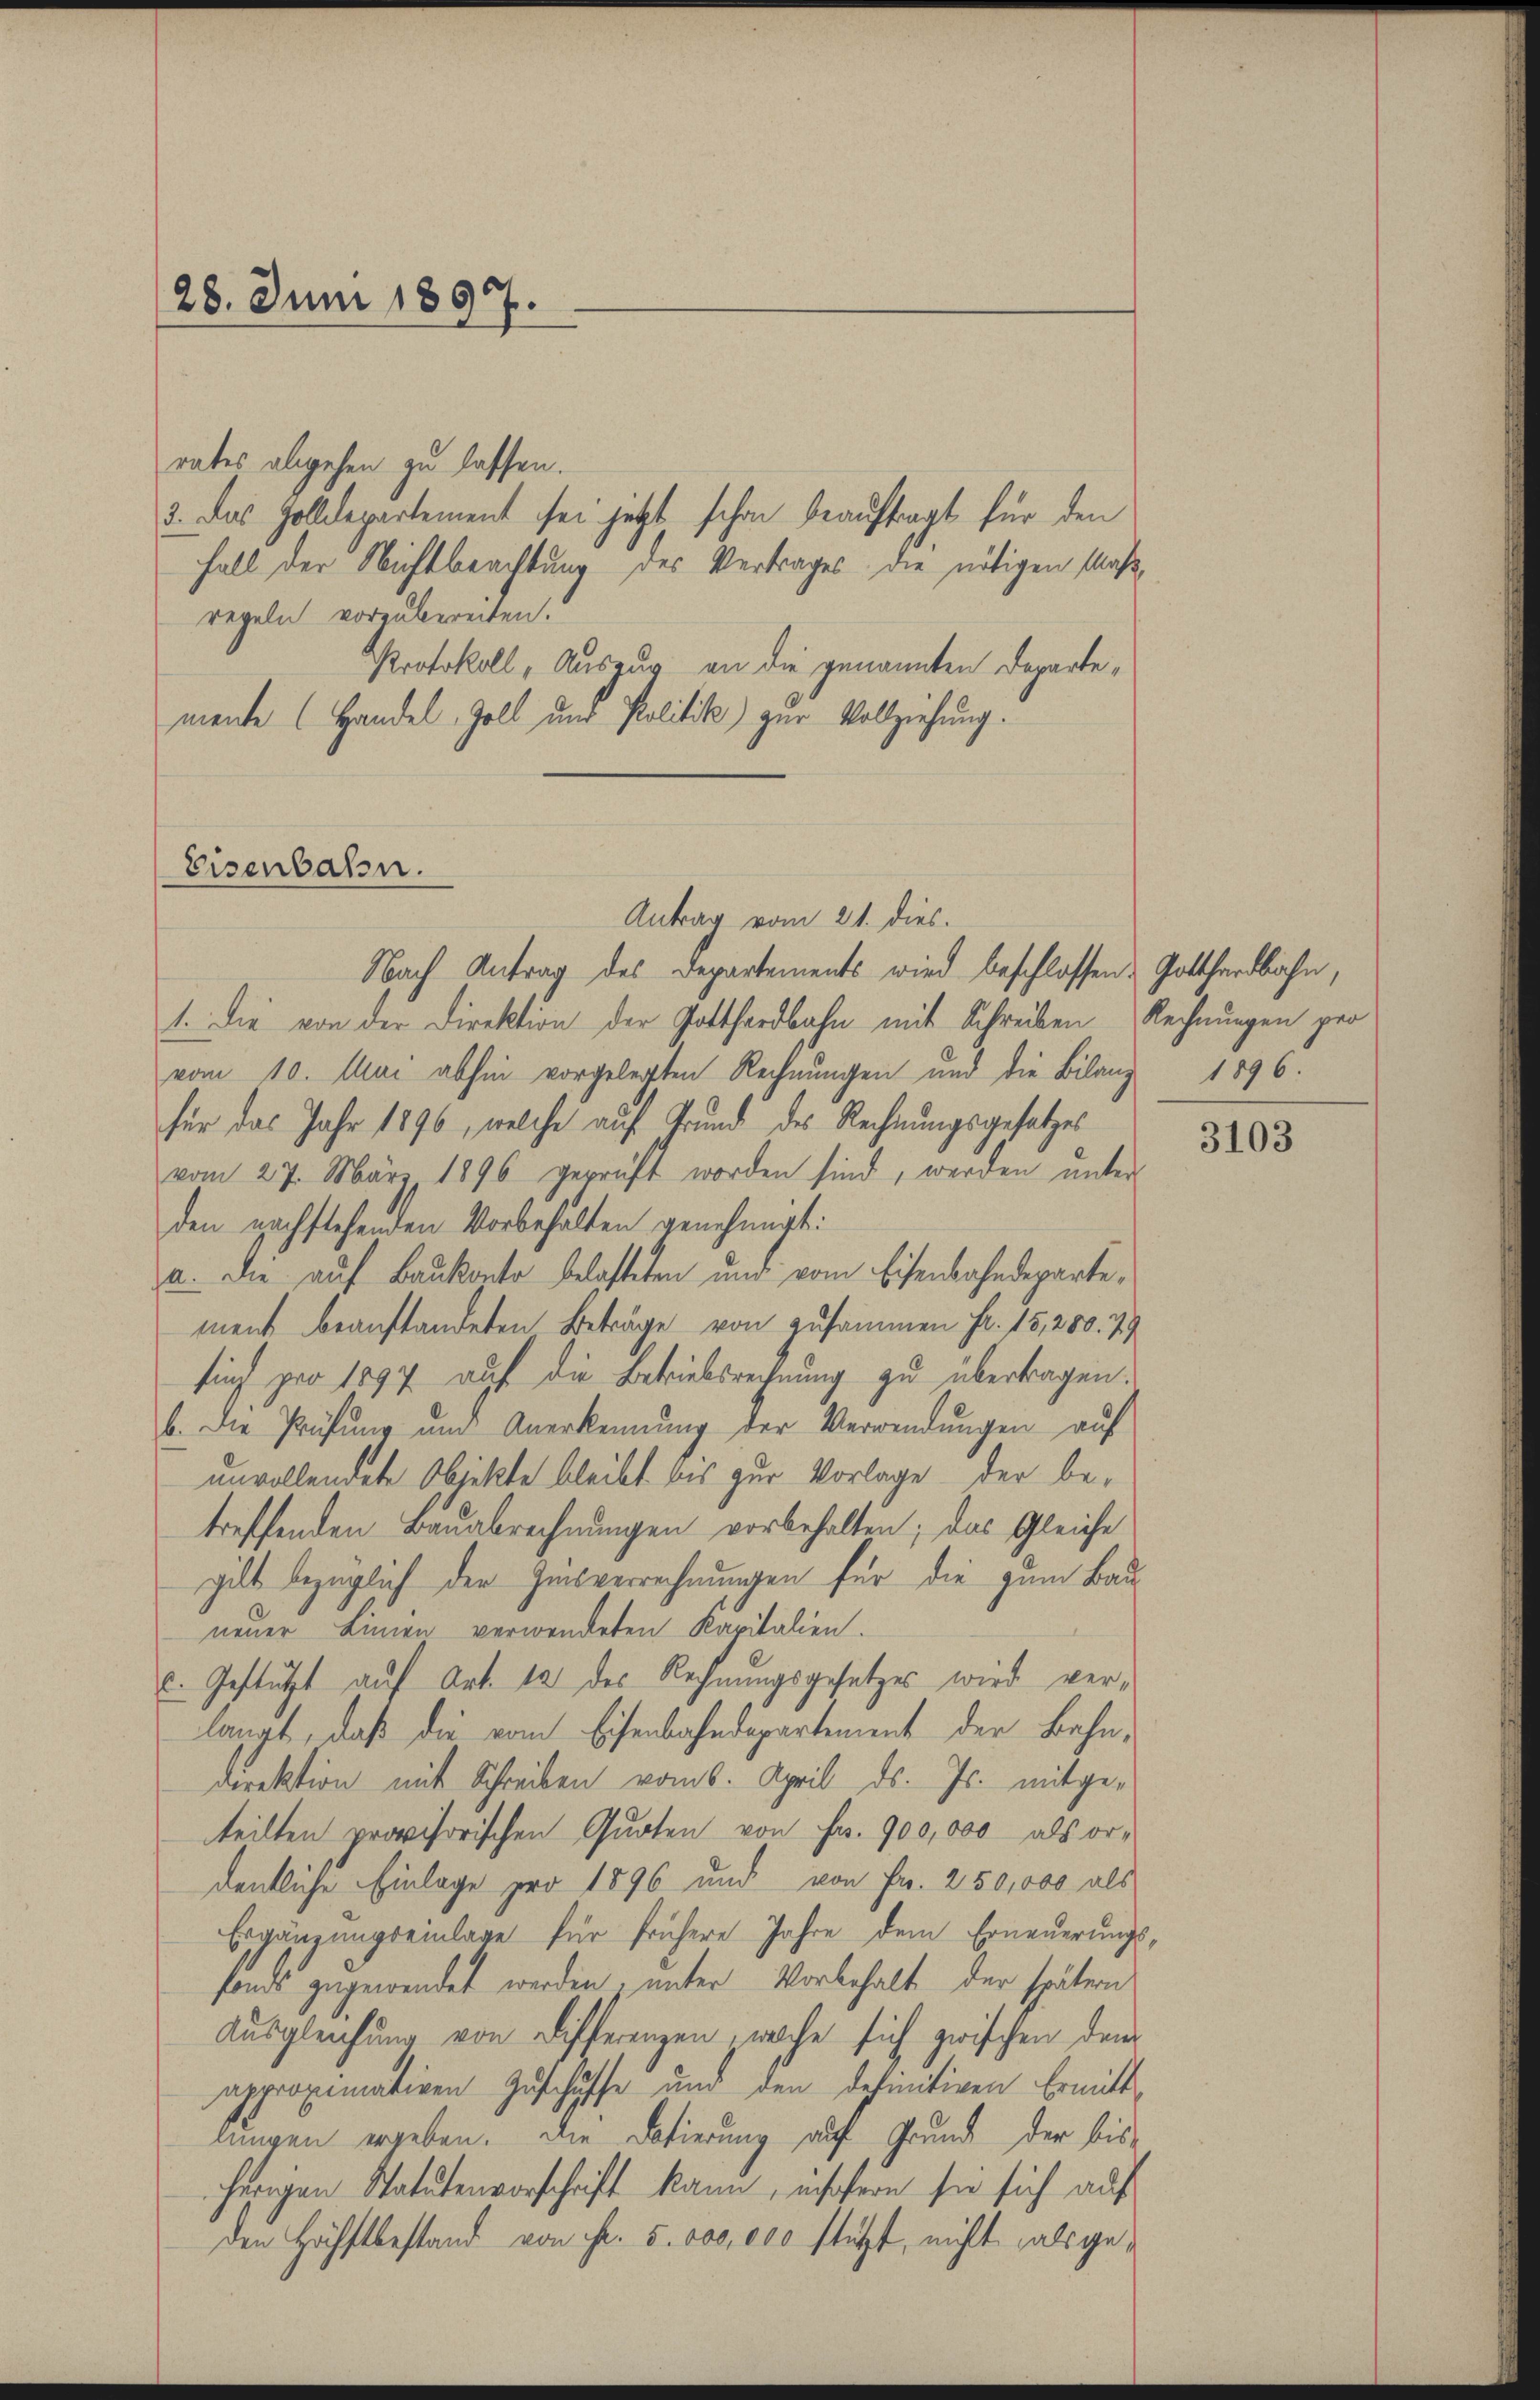
28. Juni 1897.

rates abgehen zu lassen.
3. Das Zolldepartement sei jetzt schon beauftragt für den
Fall der Nichtbeachtung des Vertrages die nötigen Maßregeln vorzubereiten.
Protokoll, Auszug an die genannten Departemente (Handel, Zoll und Politik) zur Vollziehung.
Antrag vom 21. dies.
Nach Antrag des Departements wird beschlossen: Gotthardbahn,
1. Die von der Direktion der Gotthardbahn mit Schreiben Rechnungen pro
vom 10. Mai abhin vorgelegten Rechnungen und die Bilanz 1896.
für das Jahr 1896, welche auf Grund des Rechnungsgesetzes
vom 27. März 1896 geprüft worden sind, werden unter
den nachstehenden Vorbehalten genehmigt:
a. Die auf Baukonto belasteten und vom Eisenbahndepartement beanstandeten Beträge von zusammen Fr. 15,200. 79
fing pro 1897 auf die Betriebsrechnung zu übertragen.
b. Die Prüfŭng und Anerkennung der Verwendŭngen auf
unvollendete Objekte bleibt bis zur Vorlage der betreffenden Bauabrechnungen vorbehalten; das Gleiche
gilt bezüglich der Zinsverrechnungen für die zum Bauneuer Linien verwendeten Kapitalien.
c. Gestützt auf Art. 12 des Rechnungsgesetzes wird verlangt, daß die vom Eisenbahndepartement der Bahndirektion mit Schreiben vom 6. April ds. Js. mitgeteilten provisorischen Quoten von Fr. 900,000 als or-
dentliche Einlage pro 1896 und von Fr. 250,000 als
Ergänzungseinlage für frühere Jahre dem Erneuerungs-
fonds zugewendet werden, unter Vorbehalt der spätern
Ausgleichung von Differenzen, welche sich zwischen dem
approximativen Zuschäffe und den definitiven Ermitt
lungen erleben. Die Dotierung auf Grund der bisherigen Statutenvorschrift kann, insofern sie sich auf
den Höchstbestand von Fr. 5. 500,000 stützt, nicht als ge¬

Eisenbahn.

3103